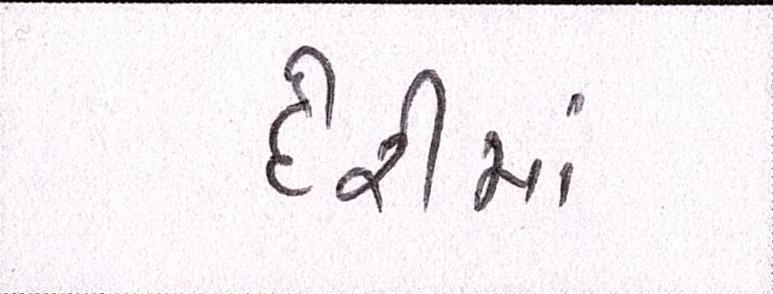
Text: દેરીમાં